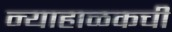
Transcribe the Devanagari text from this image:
न्याहाळकची